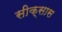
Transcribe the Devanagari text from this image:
सीक्सास